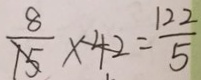
\frac { 8 } { 1 5 } \times 4 2 = \frac { 1 2 2 } { 5 }